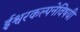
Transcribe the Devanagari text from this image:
ईश्वरकल्पनेविषयी